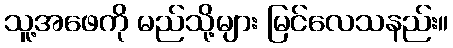
သူ့အဖေကို မည်သို့များ မြင်လေသနည်း။